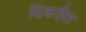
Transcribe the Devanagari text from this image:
सिकरौल